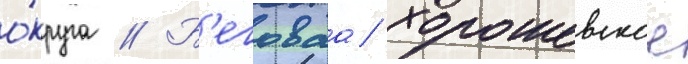
о́круга // Б'еговаа/ хорошевское